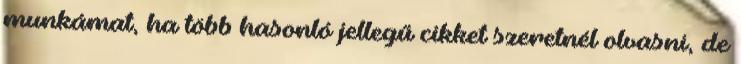
munkámat, ha több hasonló jellegű cikket szeretnél olvasni, de